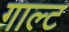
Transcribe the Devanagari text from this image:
गाल्ट